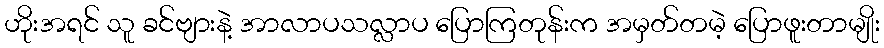
ဟိုးအရင် သူ ခင်ဗျားနဲ့ အာလာပသလ္လာပ ပြောကြတုန်းက အမှတ်တမဲ့ ပြောဖူးတာမျိုး